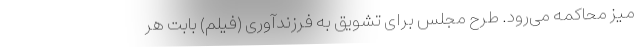
میز محاکمه می‌رود. طرح مجلس برای تشویق به فرزندآوری (فیلم) بابت هر